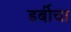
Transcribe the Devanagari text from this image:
डर्बीचा